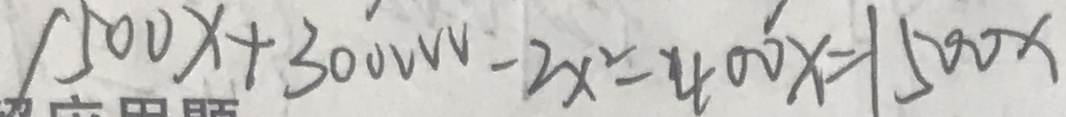
1 5 0 0 x + 3 0 0 v v v - 2 x ^ { 2 } - 4 0 0 x = 1 5 0 0 x